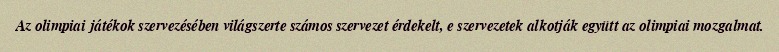
Az olimpiai játékok szervezésében világszerte számos szervezet érdekelt, e szervezetek alkotják együtt az olimpiai mozgalmat.